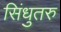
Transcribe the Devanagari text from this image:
सिंधुतरु